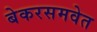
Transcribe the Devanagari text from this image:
बेकरसमवेत